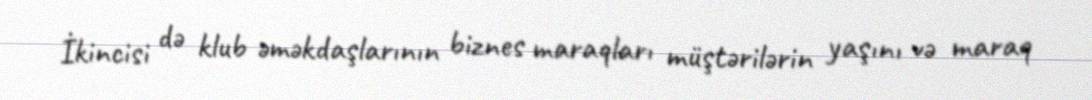
İkincisi də klub əməkdaşlarının biznes maraqları müştərilərin yaşını və maraq